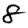
Digit: 8